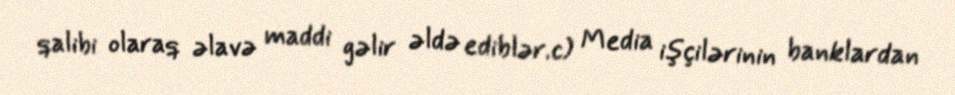
qalibi olaraq əlavə maddi gəlir əldə ediblər.c) Media işçilərinin banklardan